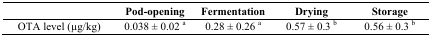
|  | Pod-opening | Fermentation | Drying | Storage |
 | --- | --- | --- | --- | --- |
 | OTA level (μg/kg) | 0.038 ± 0.02 a | 0.28 ± 0.26 a | 0.57 ± 0.3 b | 0.56 ± 0.3 b |